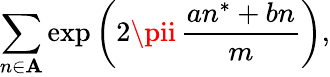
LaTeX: \sum_{n\in\mathbf{A}}\exp{{\biggl(}2\pii\, {\frac{{an^{*}+bn}}{{m}}}{\biggr)}},